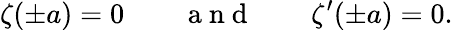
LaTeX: \zeta(\pm a)=0\qquad\mathrm{~a~n~d~}\qquad\zeta^{\prime}(\pm a)=0.